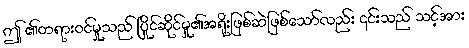
ဤ ၏တရားဝင်မှုသည် ပြိုင်ဆိုင်မှု၏အရိုးဖြစ်ဆဲဖြစ်သော်လည်း ၎င်းသည် သင့်အား